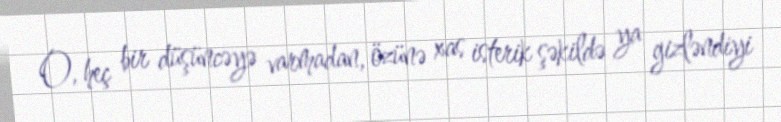
O, heç bir düşüncəyə varmadan, özünə xas isterik şəkildə ya gizləndiyi